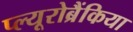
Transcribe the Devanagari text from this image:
प्ल्यूरोब्रैंकिया